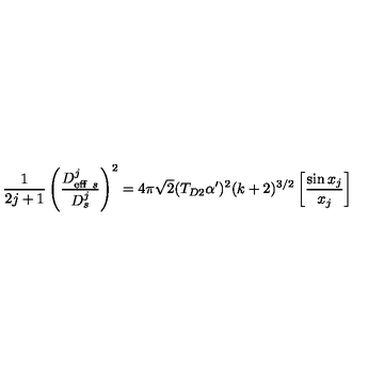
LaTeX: { \frac { 1 } { 2 j + 1 } } \left( { \frac { D _ { \mathrm { e f f } \ s } ^ { j } } { D _ { s } ^ { j } } } \right) ^ { 2 } = 4 \pi \sqrt { 2 } ( T _ { D 2 } \alpha ^ { \prime } ) ^ { 2 } ( k + 2 ) ^ { 3 / 2 } \left[ { \frac { \sin x _ { j } } { x _ { j } } } \right]